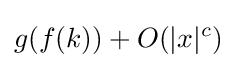
g(f(k))+O(|x|^{c})